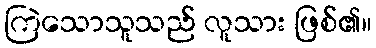
ကြဲသောသူသည် လူသား ဖြစ်၏။